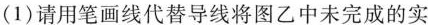
(1)请用笔画线代替导线将图乙中未完成的实